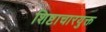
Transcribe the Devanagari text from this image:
शिष्टाचारयुक्त